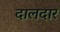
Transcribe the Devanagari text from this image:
दालदार